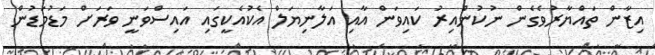
އިޒާން ތައްޔާރުވެގެން ނުކުންއިރު ކައިވަން އާއި އަލާނިޔަލް އެކުއެކީގައި އައިސްވަނީ ވަރަށް މަޑުމަޑުން